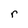
Character: r